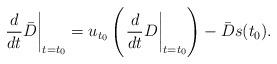
LaTeX: \begin{align*}\left. \frac{d}{dt} \bar{D} \right|_{t=t_0} = u_{t_0}\left( \left. \frac{d}{dt} D \right|_{t=t_0} \right) - \bar{D}s(t_0).\end{align*}